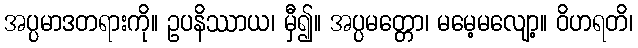
အပ္ပမာဒတရားကို။ ဥပနိဿာယ၊ မှီ၍။ အပ္ပမတ္တော၊ မမေ့မလျော့။ ဝိဟရတိ၊